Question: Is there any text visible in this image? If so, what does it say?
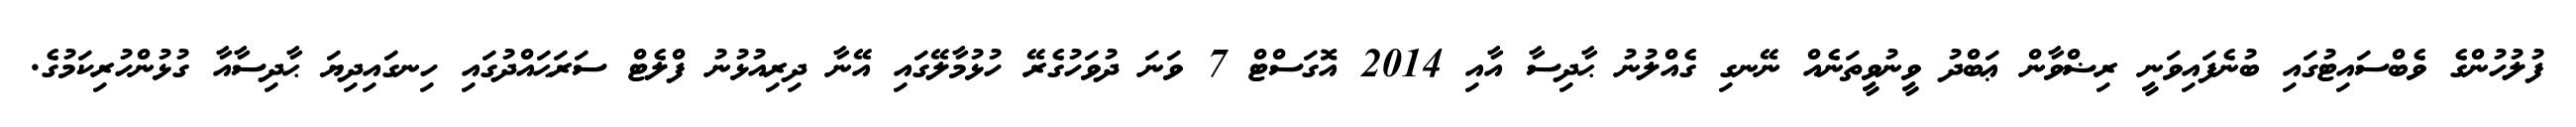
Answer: ފުލުހުންގެ ވެބްސައިޓުގައި ބުނެފައިވަނީ ރިޟްވާން ޢަބްދު ވީނުވީތަނެއް ނޭނގި ގެއްލުނު ޙާދިސާ އާއި 2014 އޮގަސްޓް 7 ވަނަ ދުވަހުގެރޭ ހުޅުމާލޭގައި އޭނާ ދިރިއުޅުނު ފްލެޓް ސަރަޙައްދުގައި ހިނގައިދިޔަ ޙާދިސާއާ ގުޅުންހުރިކަމުގެ.